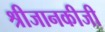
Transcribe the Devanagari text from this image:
श्रीजानकीजी